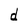
Character: d